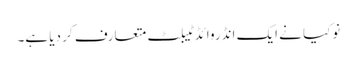
نوکیا نے ایک انڈروائڈ ٹیبلٹ متعارف کر دیا ہے۔